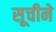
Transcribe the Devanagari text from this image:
सूचीने